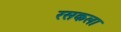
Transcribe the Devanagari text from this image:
रसकला